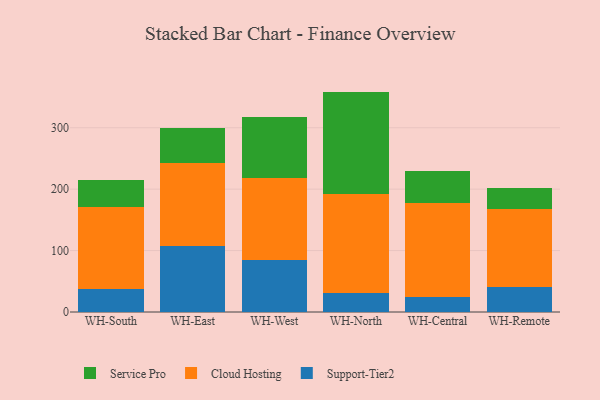
{"axis": {"x": "Warehouse", "y": "Page Views"}, "legend": ["Cloud Hosting", "Service Pro", "Support-Tier2"], "data": [{"x": "WH-South", "y": 37.2, "type": "Support-Tier2"}, {"x": "WH-South", "y": 133.0, "type": "Cloud Hosting"}, {"x": "WH-South", "y": 44.9, "type": "Service Pro"}, {"x": "WH-East", "y": 106.9, "type": "Support-Tier2"}, {"x": "WH-East", "y": 136.2, "type": "Cloud Hosting"}, {"x": "WH-East", "y": 56.5, "type": "Service Pro"}, {"x": "WH-West", "y": 84.7, "type": "Support-Tier2"}, {"x": "WH-West", "y": 134.0, "type": "Cloud Hosting"}, {"x": "WH-West", "y": 98.2, "type": "Service Pro"}, {"x": "WH-North", "y": 30.3, "type": "Support-Tier2"}, {"x": "WH-North", "y": 161.7, "type": "Cloud Hosting"}, {"x": "WH-North", "y": 166.8, "type": "Service Pro"}, {"x": "WH-Central", "y": 24.2, "type": "Support-Tier2"}, {"x": "WH-Central", "y": 153.4, "type": "Cloud Hosting"}, {"x": "WH-Central", "y": 51.8, "type": "Service Pro"}, {"x": "WH-Remote", "y": 41.4, "type": "Support-Tier2"}, {"x": "WH-Remote", "y": 126.7, "type": "Cloud Hosting"}, {"x": "WH-Remote", "y": 33.6, "type": "Service Pro"}]}